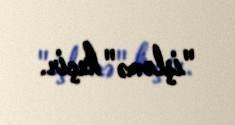
"işləmə" keçir.